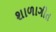
શાળાગીત